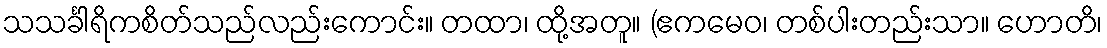
သသင်္ခါရိကစိတ်သည်လည်းကောင်း။ တထာ၊ ထို့အတူ။ (ဧကမေဝ၊ တစ်ပါးတည်းသာ။ ဟောတိ၊